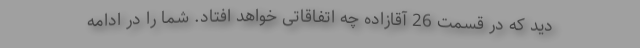
دید که در قسمت 26 آقازاده چه اتفاقاتی خواهد افتاد. شما را در ادامه